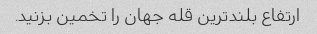
ارتفاع بلندترین قله جهان را تخمین بزنید.